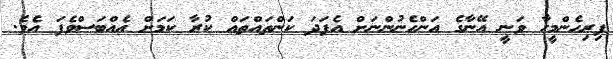
ފިރިހެންމީހާ ވަނީ އޭނާގެ އަންހެނުންނަށް އެފަދަ ކަންތައްތައް ކުރާ ކަމަށް އެއްބަސްވެފަ އެވެ.